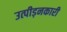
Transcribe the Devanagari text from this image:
उत्पीड़नकारी